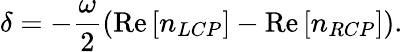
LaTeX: \delta=-\frac{\omega}{2}\left(\mathrm{Re}\left[n_{LCP}\right]-\mathrm{Re}\left[n_{RCP}\right]\right).